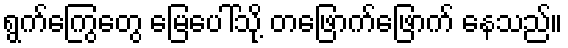
ရွက်ကြွေတွေ မြေပေါ်သို့ တဖြောက်ဖြောက် နေသည်။